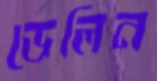
ডেলিন